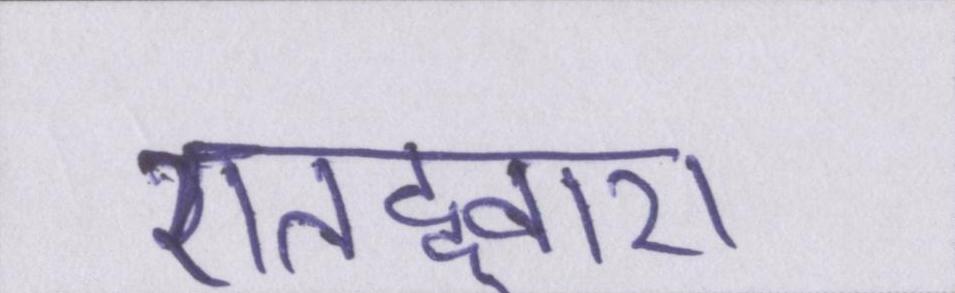
एतद्द्वारा